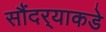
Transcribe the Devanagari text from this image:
सौंदर्‍याकडे